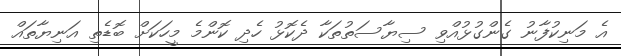
އެ މަނިކުފާނު ގެންގުޅުއްވި ސިޔާސަތުތަކާ ދެކޮޅު ހެދި ކޮންމެ މީހަކަށް ބޮޑެތި އަނިޔާތައް